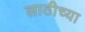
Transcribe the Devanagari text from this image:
लाठीच्या